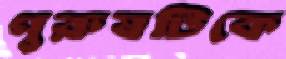
পুরুষটিকে